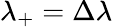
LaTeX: \lambda_{+}=\Delta\lambda